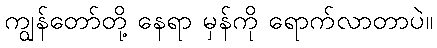
ကျွန်တော်တို့ နေရာ မှန်ကို ရောက်လာတာပဲ။